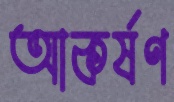
আকর্ষণ